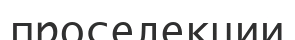
проселекции